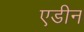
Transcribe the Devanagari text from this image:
एडीन